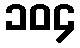
၁၀၄